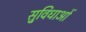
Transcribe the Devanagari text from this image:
सु्विधाओं